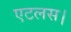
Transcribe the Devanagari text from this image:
एटलस।